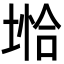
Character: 𪣺